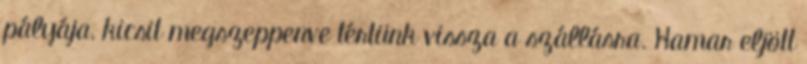
pályája, kicsit megszeppenve tértünk vissza a szállásra. Hamar eljött